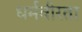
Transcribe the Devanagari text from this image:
धर्मवीरता